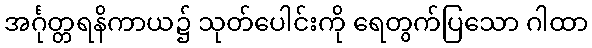
အင်္ဂုတ္တရနိကာယ၌ သုတ်ပေါင်းကို ရေတွက်ပြသော ဂါထာ